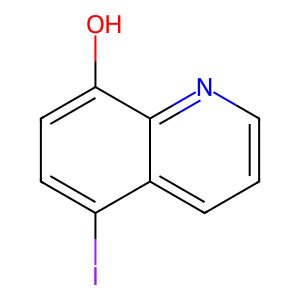
SMILES: Oc1ccc(I)c2cccnc12
Inhibits HIV replication: No